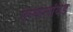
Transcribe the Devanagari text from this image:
ऐल्केलॉयड